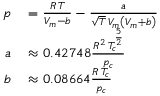
\begin{array} { r l } { p } & { { } = { \frac { R \, T } { V _ { m } - b } } - { \frac { a } { { \sqrt { T } } \, V _ { m } \left( V _ { m } + b \right) } } } \\ { a } & { { } \approx 0 . 4 2 7 4 8 { \frac { R ^ { 2 } \, T _ { c } ^ { \frac { 5 } { 2 } } } { p _ { c } } } } \\ { b } & { { } \approx 0 . 0 8 6 6 4 { \frac { R \, T _ { c } } { p _ { c } } } } \end{array}